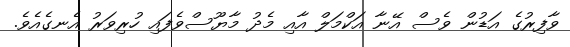
ވާފިރުގެ އަޑުން ވެސް އޭނާ އަކްމަލް އާއި މެދު މާޔޫސްވެފައި ހުރިވަރު އެނގެއެވެ.